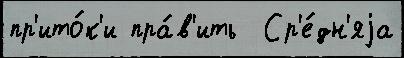
пр'ито́к'и пра́в'ить  Ср'е́дн'яjа